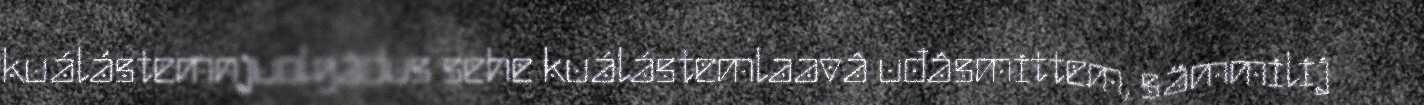
kuálástemnjuolgâdus sehe kuálástemlaavâ uđâsmittem, sämmilij